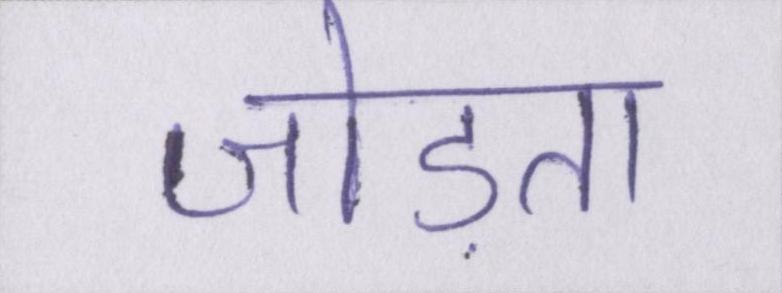
जोड़ता